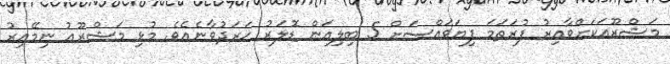
މަޝްރޫއަކަށްވާއިރު ފުރަތަމަ ފިޔަވައްސަށް 5 ބިލިއަން ޑޮލަރު ޚަރަދުވާނެއެވެ. މުޅި މަޝްރޫޢު ނިމޭއިރު